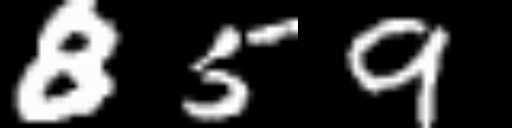
Text: 859